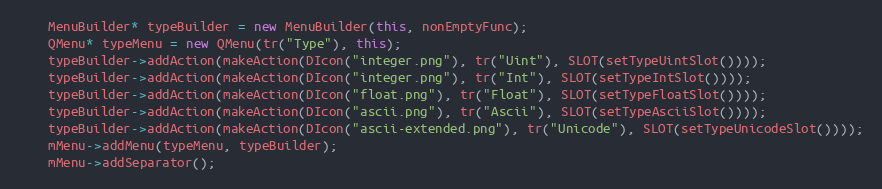
Language: C++
    MenuBuilder* typeBuilder = new MenuBuilder(this, nonEmptyFunc);
    QMenu* typeMenu = new QMenu(tr("Type"), this);
    typeBuilder->addAction(makeAction(DIcon("integer.png"), tr("Uint"), SLOT(setTypeUintSlot())));
    typeBuilder->addAction(makeAction(DIcon("integer.png"), tr("Int"), SLOT(setTypeIntSlot())));
    typeBuilder->addAction(makeAction(DIcon("float.png"), tr("Float"), SLOT(setTypeFloatSlot())));
    typeBuilder->addAction(makeAction(DIcon("ascii.png"), tr("Ascii"), SLOT(setTypeAsciiSlot())));
    typeBuilder->addAction(makeAction(DIcon("ascii-extended.png"), tr("Unicode"), SLOT(setTypeUnicodeSlot())));
    mMenu->addMenu(typeMenu, typeBuilder);
    mMenu->addSeparator();